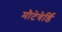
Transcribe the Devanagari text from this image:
मौटेवेर्डि